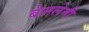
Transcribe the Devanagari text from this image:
बेललेमी